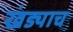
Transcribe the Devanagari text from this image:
खंड्याच